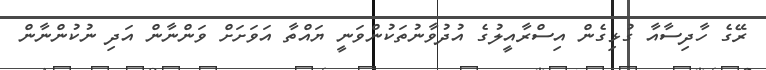
ރޭގެ ހާދިސާއާ ގުޅިގެން އިސްރާއީލުގެ އުދުވާނުތަކުންވަނީ ޔައްތާ އަވަށަށް ވަންނާން އަދި ނުކުންނާން